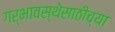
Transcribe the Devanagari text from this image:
गर्भावस्थेसाठीच्या